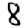
Digit: 8